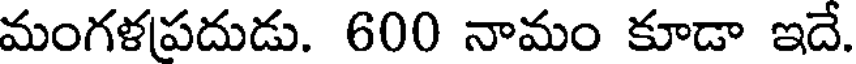
మంగళపదుడు. 600 నామం కూడా ఇదే.